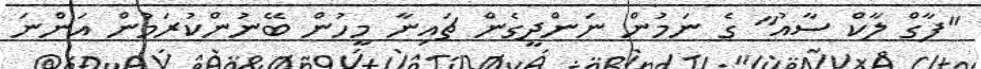
"ފާގް ލާކް ސާއު" ގެ ނަމުން ނަންދީގެން ޗައިނާ މީހުން ބޭނުންކުރަމުން އަންނަ